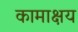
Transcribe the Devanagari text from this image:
कामाक्षय